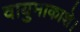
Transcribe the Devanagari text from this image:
वायुमाकाशे।